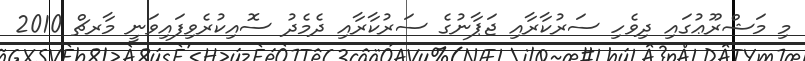
މި މަޝްރޫޢުގައި ދިވެހި ސަރުކާރާއި ޖަޕާނުގެ ސަރުކާރާއި ދެމެދު ސޮއިކުރެވިފައިވަނީ މާރޗް 2010